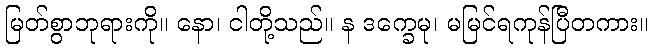
မြတ်စွာဘုရားကို။ နော၊ ငါတို့သည်။ န ဒက္ခေမု၊ မမြင်ရကုန်ပြီတကား။